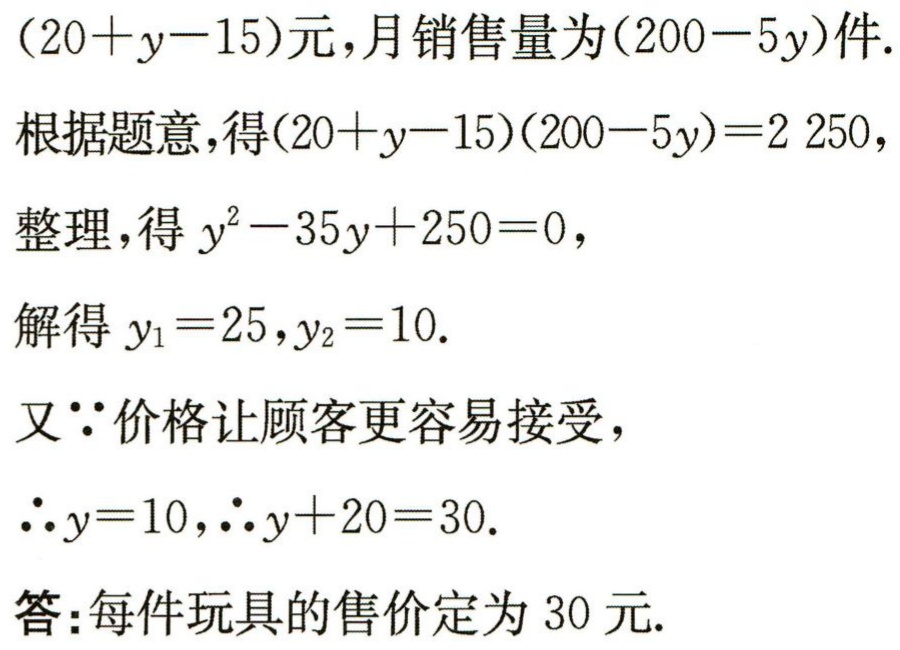
\((20 + y - 15)\text{元}，月销售量为(200 - 5y)\text{件}.\)

根据题意，得\((20 + y - 15)(200 - 5y) = 2250\)，

整理，得 \(y^{2}-35y + 250 = 0\)，

解得 \(y_{1}=25，y_{2}=10.\)

又\(\because\)价格让顾客更容易接受，

\(\therefore y = 10，\therefore y + 20 = 30.\)

答：每件玩具的售价定为 30 元.